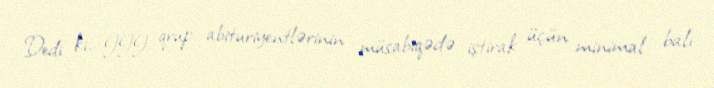
Dedi ki, III qrup abituriyentlərinin müsabiqədə iştirak üçün minimal balı